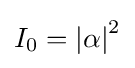
I_{0}=\left\vert \alpha \right\vert ^{2}